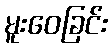
မူးဝေခြင်း